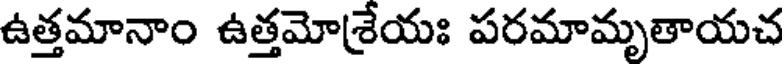
ఉత్తమానాం ఉత్తమోశ్రేయః పరమామృతాయచ